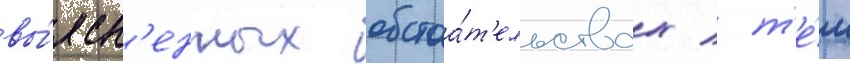
вы́ясн'енных обстоа́т'ельствах / т'е́м